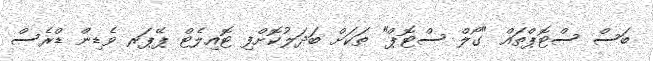
ބަސް ސްޓޮޕްތައް "ގޯލް ސްޓޮޕް" ތަކަށް ބަދަލުކޮށްފި ޓޮއިލެޓް ޕޭޕަރ ވެޑިން ޑްރެސް